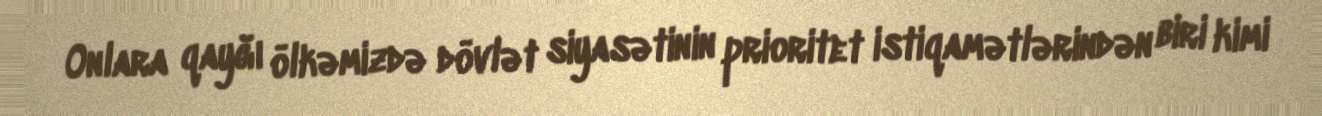
Onlara qayğı ölkəmizdə dövlət siyasətinin prioritet istiqamətlərindən biri kimi